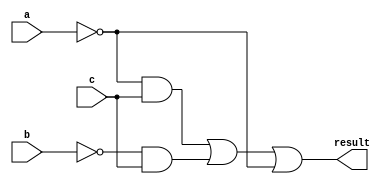
// This program was cloned from: https://github.com/Aryavardhan37/Verilog_codes
// License: MIT License

module q2 (input a, input b, input c, output result);
assign result = (~a & c) | (~b & c) | ~a;
endmodule